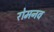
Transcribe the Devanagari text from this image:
रोमनव